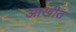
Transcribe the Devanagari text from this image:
आखीत